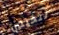
تتخيلين